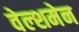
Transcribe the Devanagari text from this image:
वेल्शमेन